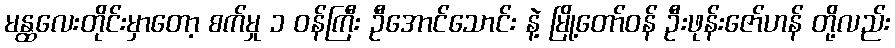
မန္ထလေးတိုင်းမှာတော့ စက်မှု ၁ ဝန်ကြီး ဦအောင်သောင်း နဲ့ မြို့တော်ဝန် ဦးဖုန်းဇော်ဟန် တို့လည်း